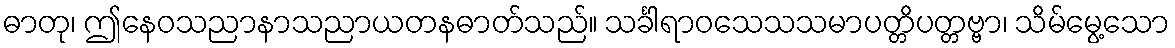
ဓာတု၊ ဤနေဝသညာနာသညာယတနဓာတ်သည်။ သင်္ခါရာဝသေသသမာပတ္တိပတ္တဗ္ဗာ၊ သိမ်မွေ့သော